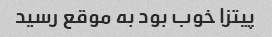
پیتزا خوب بود به موقع رسید